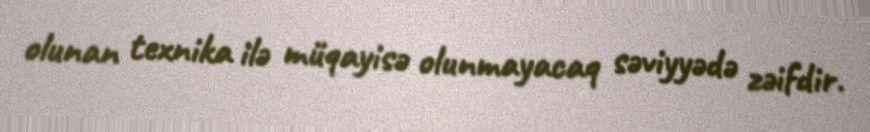
olunan texnika ilə müqayisə olunmayacaq səviyyədə zəifdir.